Lunatic asylums Central Provinces reports 1886-1894 - 1886-1894
Year: 1886
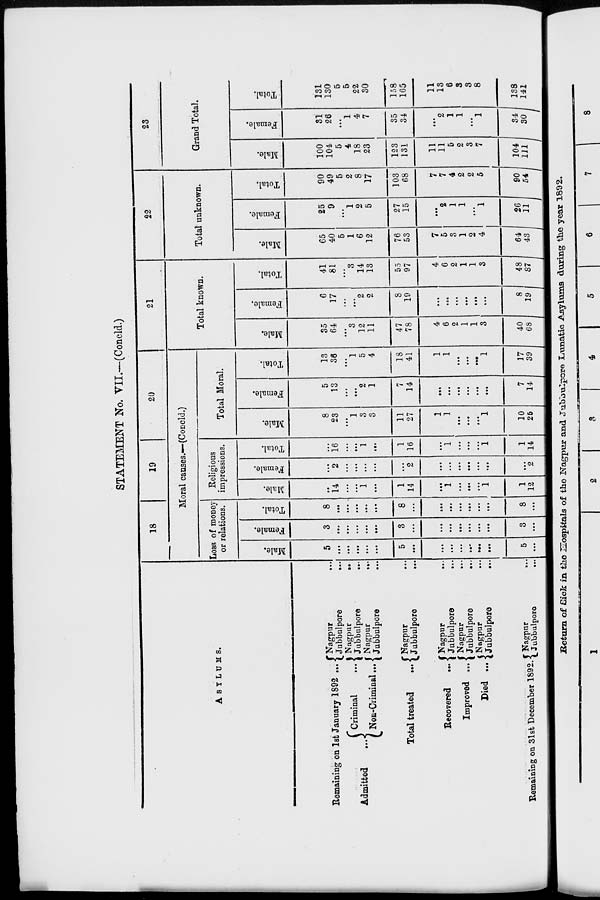
STATEMENT No. VII.—(Concld.)
ASYLUMS.
Remaining on 1st January 1892 ...
Admitted
...
Criminal ...
Non-Criminal ...
Total treated
...
Recovered
...
Improved ...
Died ...
Remaining on 31st December 1892.
Nagpur
...
Jubbulpore...
Nagpur...
Jubbulpore...
Nagpur
...
Jubbulpore...
Nagpur...
Jubbulpore...
Nagpur
...
Jubbulpore
...
Nagpur
...
Jubbulpore
...
Nagpur...
Jubbulpore...
Nagpur
...
Jubbulpore
...
18
19
20
Moral causes.—(Concld.)
Loss of money
or relations.
Male.
5
...
...
...
...
...
5
...
...
...
...
...
...
...
5
...
Female.
3
...
...
...
...
...
3
...
...
...
...
...
...
...
3
...
Total.
8
...
...
...
...
...
8
...
...
...
...
...
...
...
8
...
Religious
impressions.
Male.
...
14
...
...
1
...
1
14
...
1
...
...
...
1
1
12
Female.
...
2
...
...
...
...
...
2
...
...
...
...
...
...
...
2
Total.
...
16
...
...
1
...
1
16
...
1
...
...
...
1
1
14
Total Moral.
Male.
8
23
...
1
3
3
11
27
1
1
...
...
...
1
10
25
Female.
5
13
...
...
2
1
7
14
...
...
...
...
...
...
7
14
Total.
13
36
...
1
5
4
18
41
1
1
...
...
...
1
17
39
21
Total known.
Male.
35
64
...
3
12
11
47
78
4
6
2
1
1
3
40
68
Female.
6
17
...
...
2
2
8
19
...
...
...
...
...
...
8
19
Total.
41
81
...
3
14
13
55
97
4
6
2
1
1
3
48
87
22
Total unknown.
Male.
65
40
5
1
6
12
76
53
7
5
3
1
2
4
64
43
Female.
25
9
...
1
2
5
27
15
...
2
1
1
...
1
26
11
Total.
90
49
5
2
8
17
103
68
7
7
4
2
2
5
90
54
23
Grand Total.
Male.
100
104
5
4
18
23
123
131
11
11
5
2
3
7
104
111
Female.
31
26
...
1
4
7
35
34
...
2
1
1
...
1
34
30
Total
131
130
5
5
22
30
158
165
11
13
6
3
3
8
138
141